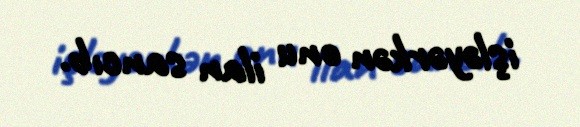
işləyərkən onu ilan sancıb.